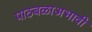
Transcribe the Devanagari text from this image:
पाठबळाअभावी